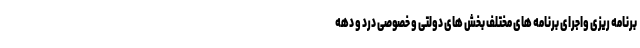
برنامه ریزی واجرای برنامه های مختلف بخش های دولتی و خصوصی درد و دهه